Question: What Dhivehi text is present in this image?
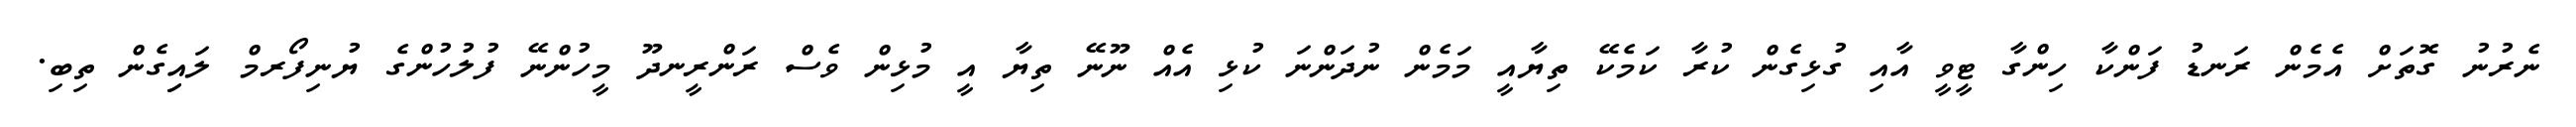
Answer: ނެރުނު ގޮތަށް އެމެން ރަނޑު ފަންކާ ހިންގާ ޓީވީ އާއި ގުޅިގެން ކުރާ ކަމެކޭ ތިޔާއީ މަމެން ނުދަންނަ ކުޅި އެއް ނޫނޭ ތިޔާ އީ މުޅިން ވެސް ރަންރީނދޫ މީހުންނޭ ފުލުހުންގެ ޔުނިފޯރމް ލައިިގެން ތިބި.